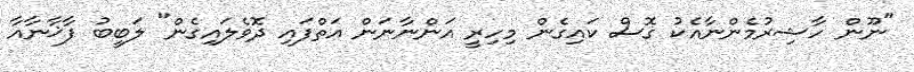
"ނޫން ހާޝިރުމެންނާއެކު ގޮސް ކައިގެން މިހިރީ އަންނާނަން އަތްފައި ދޮވެލައިގެން" ލަބީބު ފާޚާނާއާ